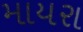
માયરા